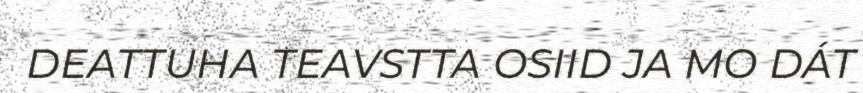
DEATTUHA TEAVSTTA OSIID JA MO DÁT